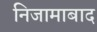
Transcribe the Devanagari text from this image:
निजामाबाद